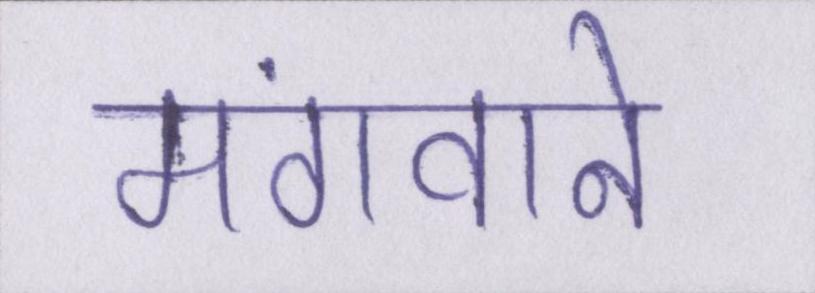
मंगवाने